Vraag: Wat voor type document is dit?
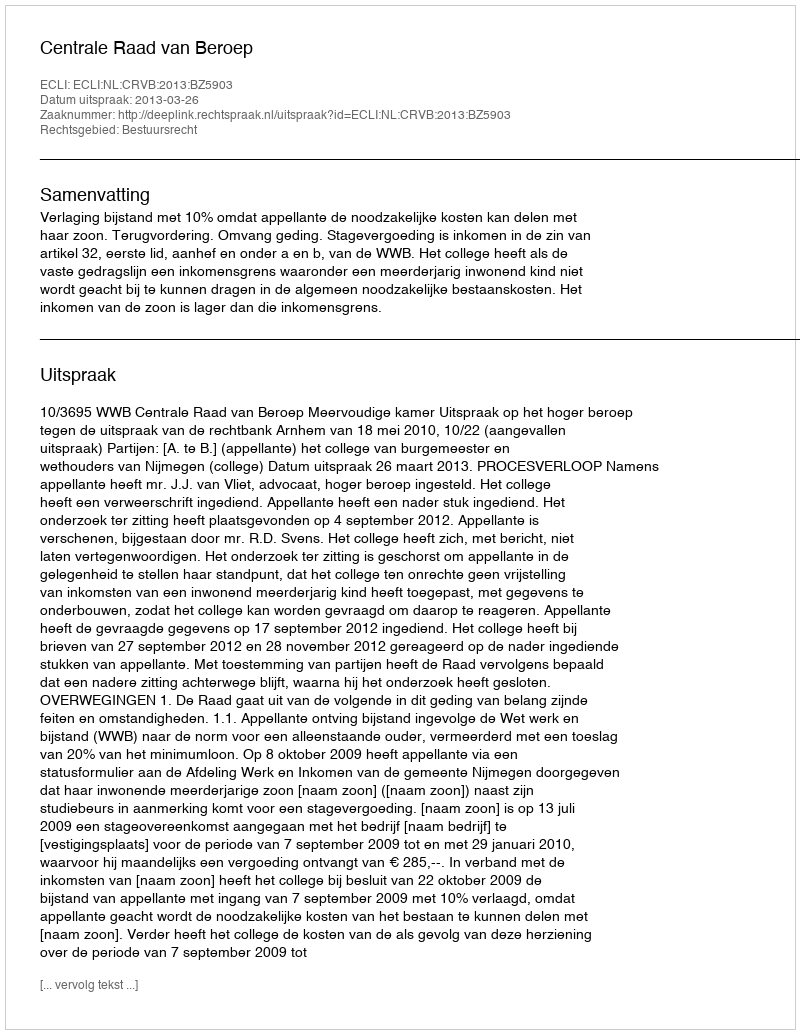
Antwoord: Uitspraak